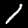
Digit: 1